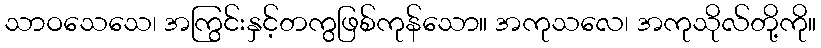
သာဝသေသေ၊ အကြွင်းနှင့်တကွဖြစ်ကုန်သော။ အကုသလေ၊ အကုသိုလ်တို့ကို။